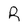
Character: R